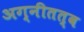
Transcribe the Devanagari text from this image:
अग्नीतत्व